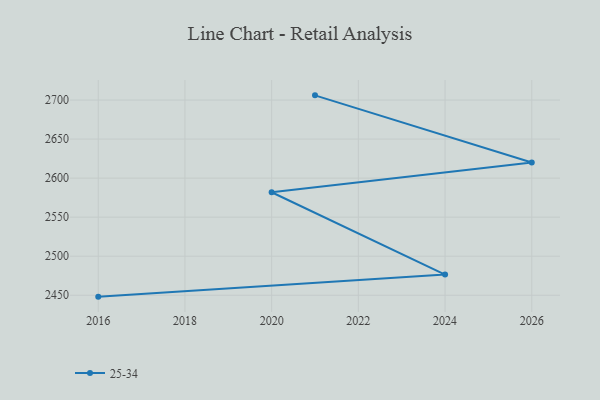
{"axis": {"x": "Year", "y": "LTV (USD)"}, "legend": ["25-34"], "data": [{"x": "2021", "y": 2706.0, "type": "25-34"}, {"x": "2026", "y": 2620.1, "type": "25-34"}, {"x": "2020", "y": 2581.9, "type": "25-34"}, {"x": "2024", "y": 2476.5, "type": "25-34"}, {"x": "2016", "y": 2448.2, "type": "25-34"}]}